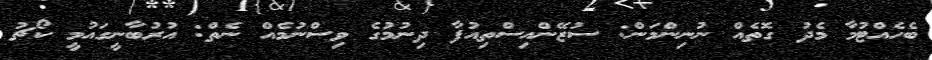
ބެހެއްޓުމާ މެދު ގޮތެއް ނުނިންމަން: ސުޒޭންއިސްތިއުފާ ދިނުމުގެ ވިސްނުމެއް ނެތް: އުރުބާނީގައުމީ ކޯޗު